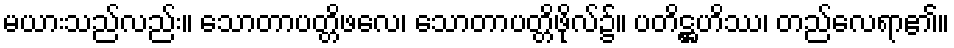
မယားသည်လည်း။ သောတာပတ္တိဖလေ၊ သောတာပတ္တိဖိုလ်၌။ ပတိဋ္ဌဟိဿ၊ တည်လေရာ၏။